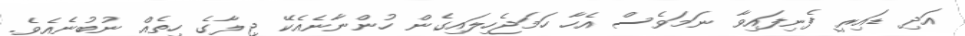
އަދި ޑައިރީ ފެނިފައިވާ ނަމަވެސް އެހާ ހަމަޖެހިލައިގެން ހުންނާނެއެކޭ ޖިލާގެ ހިތެއް ނުބުނެއެވެ.